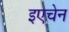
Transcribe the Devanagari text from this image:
इएचेन